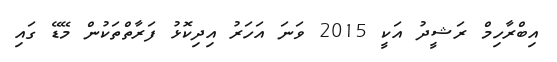
އިބްރާހިމް ރަޝީދު އަކީ 2015 ވަނަ އަހަރު އިދިކޮޅު ފަރާތްތަކުން މޭޑޭ ގައި